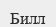
Билл